Senior Leaving Certificate Examination (including Day School Certificate (Higher) General paper), 1948
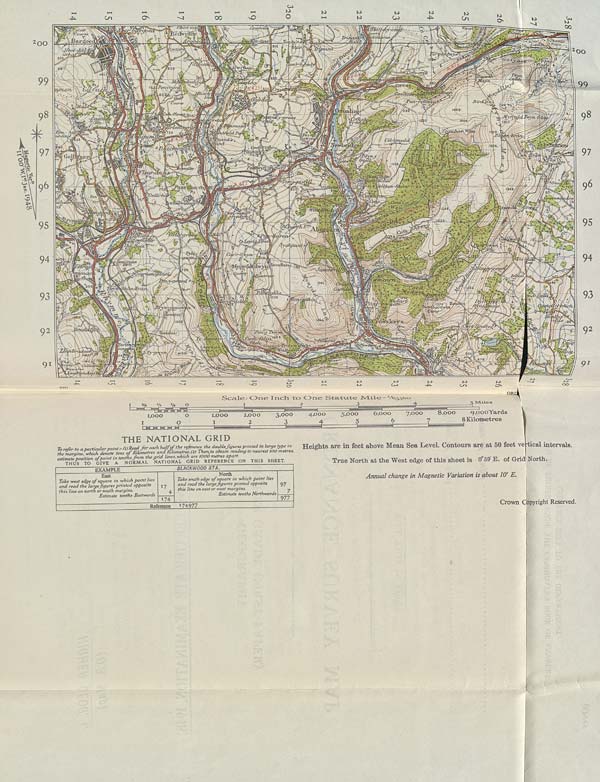
Co
00
Cn
Oo
4^
Cn
O
„ \V^L, /if,.
v.
■
■jBedS' : elTV. U l#^^yL \
LJ
nHHWWjEV ijssdP&^riB
C^2
r—-fft—
.
tUrtUeruM
/ah
k. M-' K :
.fy\
2 oo
■int
Jr
sw i
’Ati/ijd
m\ ri
iectgty
J/e
ur7i
i ■■
f#‘Z :il /-
Mi
On/ v
'ucr-7iJfuh\
H 1
cu}e
OLVO
7
g
," ...
853
-a®*. 00
-crib i
66C
\ 99
bu
?eat-..
71/TLOW
e„.:
1 * ;
Pr^rt
■ ftv
■ J/ffoipt^
•'“^\ f\y
I4.6R
98
98
MvnycMT^y Ess? 7 L2
Ca-s-c
230
1444
. //^
^ \lC‘^&trncLen
3<
IS
1529
U3.T
vjm
bn
c %
iMkrfEkk
'ayuL j- - 'y v ' _/^‘ -
dsi
ibO&
■' fOark'.'YiyfJl
'£x K ii.
IjiZ.:},
97
97
; ; n
7^7
Gel]
'.v
p '
•'in *' u
O.H
I2G
r //‘-
Gmg;y
W*A
96
- iA\V\
'Ora
96
U. -. T
tltanra.
U.
o:i
1346
V<Ul<
TV!
■ vLV fan
zSX'^O?
Grre
Gi'cvi
u
s«r ■
/JV
■ ' 'C'C:
4%.
95
il
95
■ r/
^, <' Ywvi-| / _r77~>
SydipaZl. f^^aj
1^0/
to m'4-
t
'../fzM.
94
94
c ■ ■ ■ . • .
CZCL/OAEK
’ ■ '/ti/in
7u>u [K
„ot
’v
An.-^va4. N
4 !«is^
ts/
s \
:? 9^s
93
93
.. -_ ?r ™
r*
. i
r Y f
maq&r?
H&'im ■ X*nv f "’ •
-
7 -/
^4 O
. ?
T'
imaluV
■ \-
SlfflTCrosYlfejrs . 7
4, .{Vre^feaej^Kltl
.my
92
92
Cyy^-fcUA: 01
mm
f lJfeA\W<5fH
r **£^F r »yn3
' • \
LlasiPi
aJis'vtUe
Wo)?
626V
Aider ■ £
•*
^hdum-K - :
Thr*
91
' Z- .
91
00
00
OJ
Cai
o
Scale: CG>ne Iixclx to One Sta-txxte JVLile-
O
| M M rf—
1,000
I
2,000
2
3.000
4,000
5,000
6,000
7,000
8,000
9^oooYards
7
8 Kilometres
THE NATIONAL GRID
,
T f t ttnrfirtilnr ftnint • (l)Read for each half of the reference the double figures printed in large type in TTp.lghtS are ill feet abOV6 Meail Sea Level. CoiltOUrS are at 50 ICet Vertical intervals.
themarginsfwhich denote tens of Kilometres and Kilometres (» Then to obtain reading to nearesttOO metres,
‘ g ' / "‘^f t ff Jl^.l°n ^fvg f national “gr^d reference on this sheet.
True North at the West edge of this sheet is 0°59 E. of Grid North.
EXAMPLE
BLACKWOOD STA.
East
Take west edge of square in which point lies
and read the largefgures printed opposite
■ th 01
this line on north or south margins.
Estimate tenths Eastwards
17
174
North
Take south edge of square in which point lies
and read the largefgures printed opposite
this line on east or west margins.
Estimate tenths Northwards
97
977
Reference 1 74977
Annual change in Magnetic Variation is about W E.
Crown Copyright Reserved.